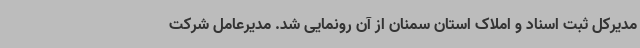
مدیرکل ثبت اسناد و املاک استان سمنان از آن رونمایی شد. مدیرعامل شرکت